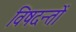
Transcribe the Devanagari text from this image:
विषदन्तों